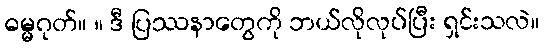
ဓမ္မဂုတ်။ ။ ဒီ ပြဿနာတွေကို ဘယ်လိုလုပ်ပြီး ရှင်းသလဲ။